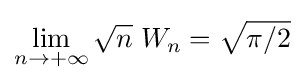
\lim _{n\rightarrow +\infty }{\sqrt {n}}\;W_{n}={\sqrt {\pi /2}}